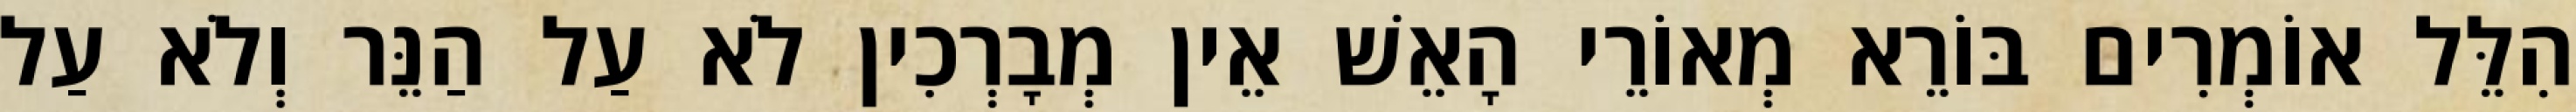
הִלֵּל אוֹמְרִים בּוֹרֵא מְאוֹרֵי הָאֵשׁ אֵין מְבָרְכִין לֹא עַל הַנֵּר וְלֹא עַל